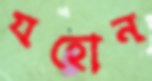
যহোন